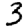
Digit: 3